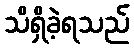
သိရှိခဲ့ရသည်